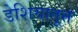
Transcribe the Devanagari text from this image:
डेशियातून